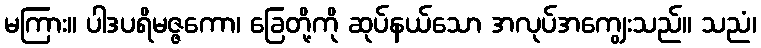
မကြား။ ပါဒပရိမဇ္ဇကော၊ ခြေတို့ကို ဆုပ်နယ်သော အလုပ်အကျွေးသည်။ သညံ၊